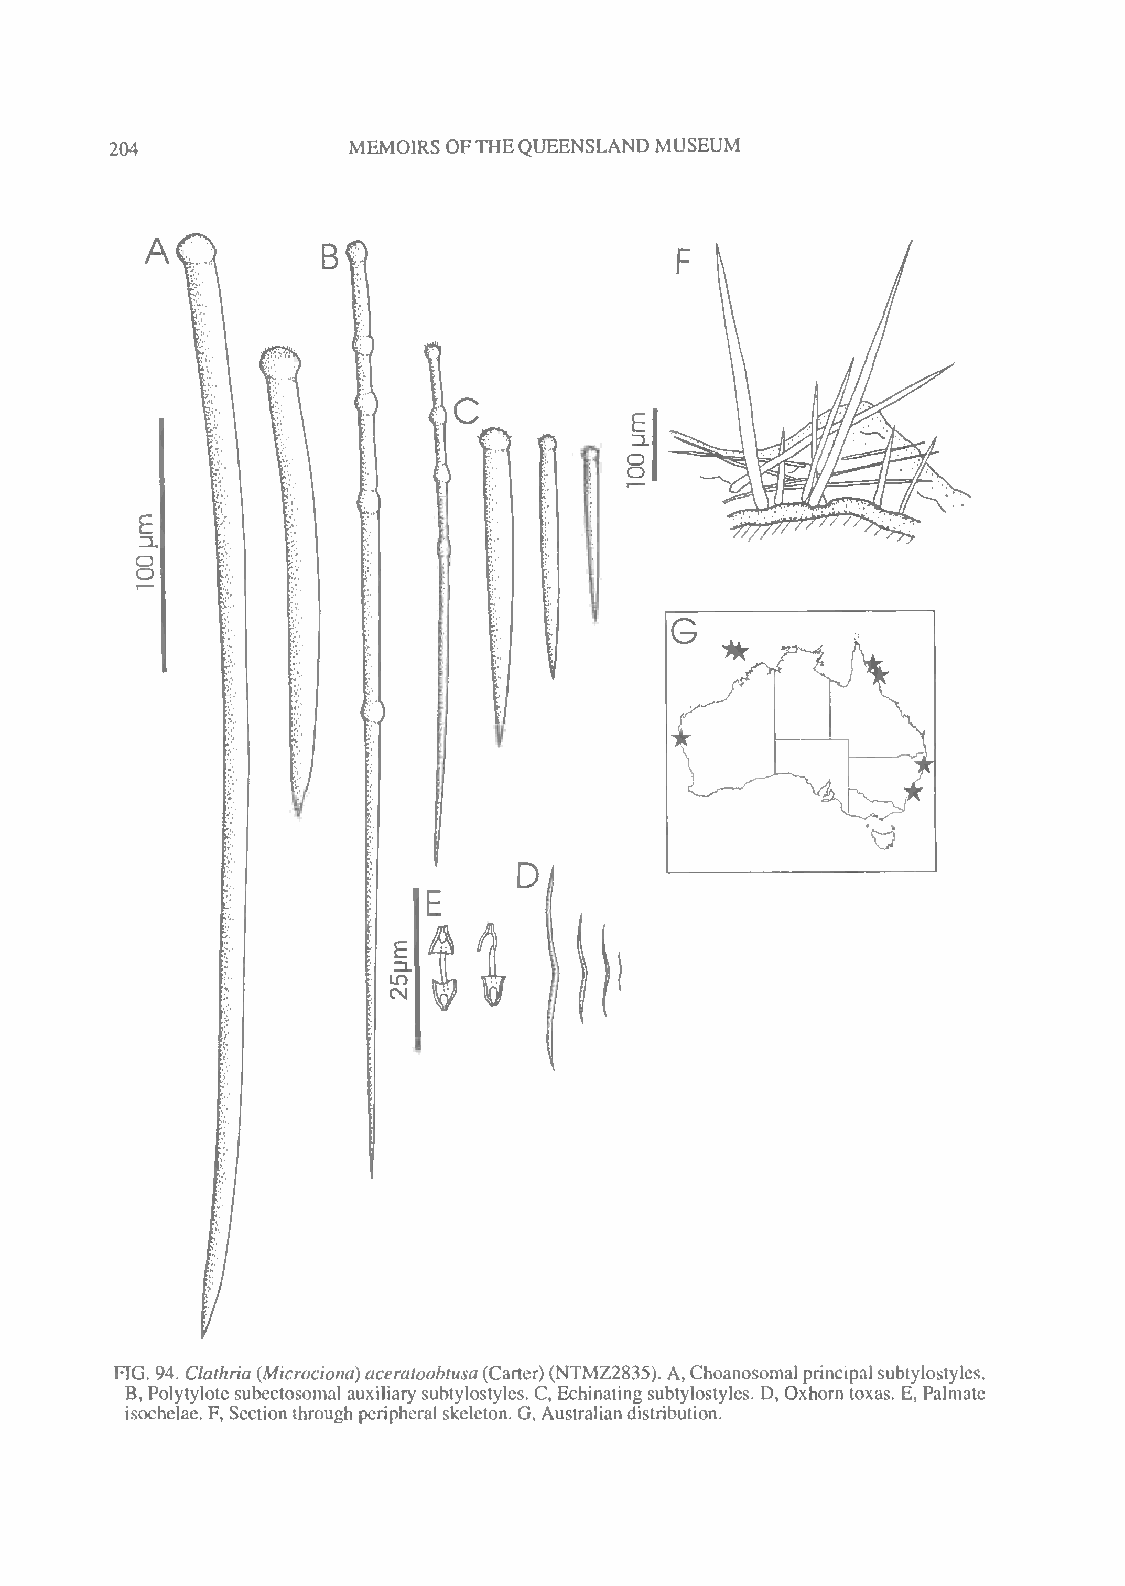
MEMOIRS OFTHEQUEENSLAND MUSEUM
 204
 CJ
 G
 *
 ^VX
 FIG. 94. Clathria (Microciona)aceratoobtusa(Carter) (NTMZ2835). A,Choanosomal principalsubtylostyles.
 B, Polytylote subectosomal auxiliary subtylostyles. C, Echinating subtylostyles. D, Oxhorn toxas. E, Palmate
 isochelae. F,Sectionthroughperipheral skeleton. G, Australiandistribution.